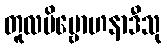
တူလဗိမ္ဗောဟနာဒီသု